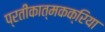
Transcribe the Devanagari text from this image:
प्रतीकात्मकक्रिया